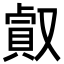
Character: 㕢